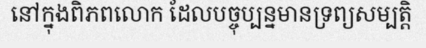
នៅក្នុងពិភពលោក ដែលបច្ចុប្បន្នមានទ្រព្យសម្បត្តិ